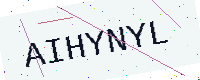
Text: AIHYNYL